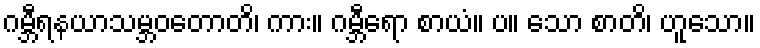
ဂမ္ဘီရနယာသမ္ဘဝတောတိ၊ ကား။ ဂမ္ဘီရော စာယံ။ ပ။ သော စာတိ၊ ဟူသော။